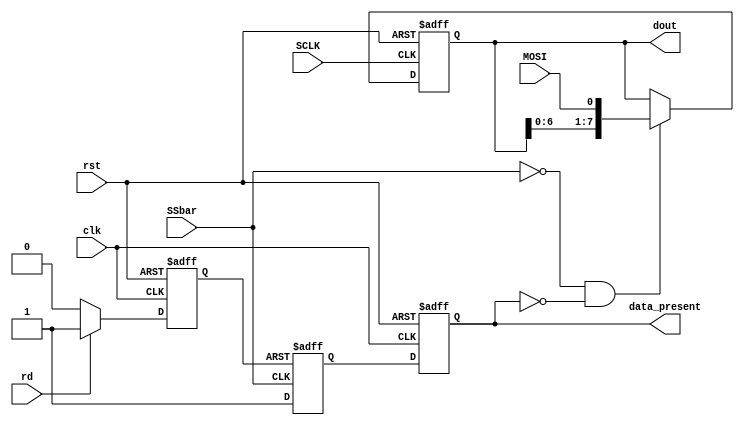
module spis(
    input clk,
    input rst,
    input SCLK,
    input SSbar,
    input MOSI,
    output reg[7:0] dout,
    output reg data_present,
    input rd
    );
	  
	 reg clear;
	 always @(posedge clk or posedge rst) begin
		if(rst) clear <= 1;
		else if(rd) clear <= 1;
				else clear <= 0;
	 end

	 always @(posedge rst or posedge SCLK) begin
		if(rst) dout <= 0;
		else if (SSbar==0 & ~data_present) dout <= { dout[6:0] , MOSI};
	 end
	 
	 reg data_present_temp;
	 always @(posedge SSbar or posedge clear) begin
		if(clear)	data_present_temp <= 0;
		else	data_present_temp <= 1;
	 end
	 
	 always @(posedge clk or posedge rst) begin
		if(rst) data_present <= 0;
		else data_present <= data_present_temp;
	 end

endmodule